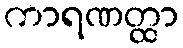
ကာရဏတ္ထာ